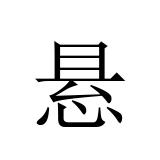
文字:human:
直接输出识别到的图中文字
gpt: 悬